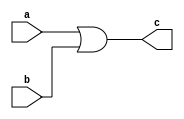
module oring(a,b,c);

input [15:0]a,b;
output [15:0]c;

assign c[15:0]=a[15:0] | b[15:0];

endmodule